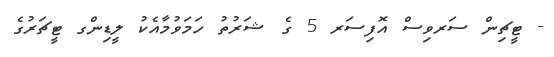
- ޓީޗިން ސަރވިސް އޮފިސަރ 5 ގެ ޝަރުތު ހަމަވުމާއެކު ލީޑިންގ ޓީޗަރުގެ